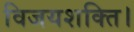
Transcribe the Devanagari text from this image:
विजयशक्ति।